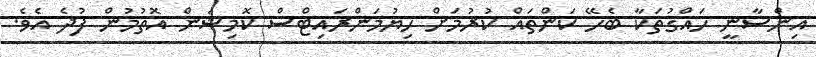
އިންސާނީ ހައްގުތަކާ ބެހޭ ކަންތައް ކުރުމަށް ހިޔުމަންރައިޓްސް ކޮމިޝަން އޮތުމުން ފުދެ އެވެ.